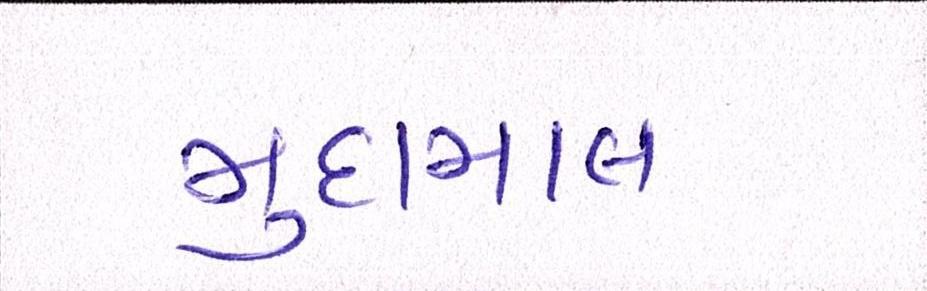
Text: મુદામાલ